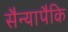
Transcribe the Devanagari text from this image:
सैन्यापैकि